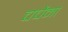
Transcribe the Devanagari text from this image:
चर्चेना